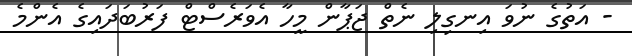
- އަތުގެ ނުވަ އިނގިލި ނެތް ޖަޕާން މީހާ އެވަރެސްޓް ފަރުބަދަައިގެ އެންމެ